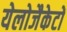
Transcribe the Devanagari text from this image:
येलोजैकेटों